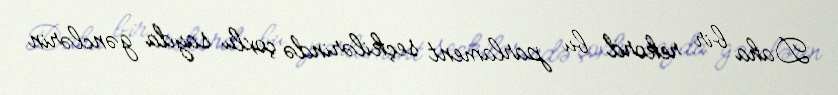
Daha bir rekord bu parlament seçkilərində çoxlu sayda gənclərin